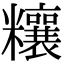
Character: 𥽬